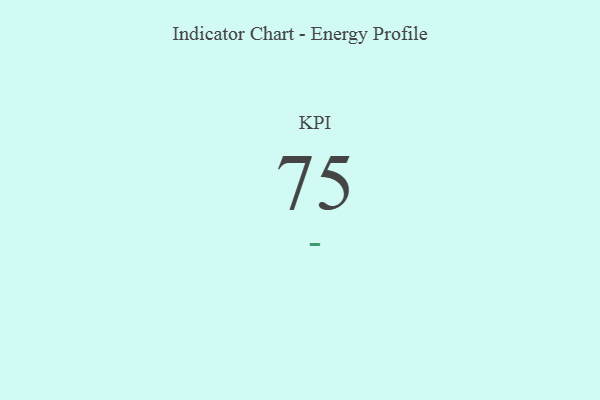
{"axis": {"x": "KPI", "y": "Value"}, "legend": [""], "data": [{"x": "KPI", "y": 75, "type": ""}]}